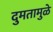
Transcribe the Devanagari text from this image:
दुमतामुळे